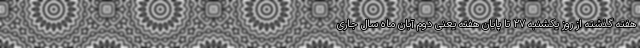
هفته گذشته از روز یکشنبه ۲۷ تا پایان هفته یعنی دوم آبان ماه سال جاری